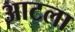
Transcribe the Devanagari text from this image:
आटला